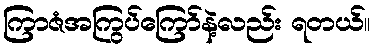
ကြာဇံအကြွပ်ကြော်နဲ့လည်း ရတယ်။